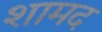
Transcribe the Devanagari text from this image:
शामद